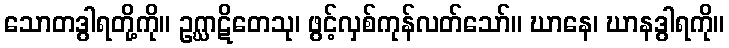
သောတဒွါရတို့ကို။ ဥဂ္ဃာဋိတေသု၊ ဖွင့်လှစ်ကုန်လတ်သော်။ ဃာနေ၊ ဃာနဒွါရကို။